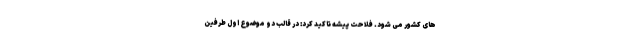
های کشور می شود. فلاحت پیشه تاکید کرد: در قالب دو موضوع اول طرفین